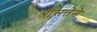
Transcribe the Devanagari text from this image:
श्रीसत्तेने